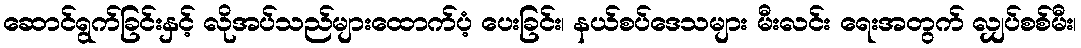
ဆောင်ရွက်ခြင်းနှင့် လိုအပ်သည်များထောက်ပံ့ ပေးခြင်း၊ နယ်စပ်ဒေသများ မီးလင်း ရေးအတွက် လျှပ်စစ်မီး၊